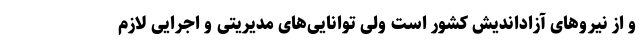
و از نیروهای آزاداندیش کشور است ولی توانایی‌های مدیریتی و اجرایی لازم